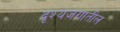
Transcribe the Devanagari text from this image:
दृश्यजगातील